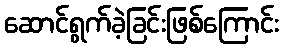
ဆောင်ရွက်ခဲ့ခြင်းဖြစ်ကြောင်း